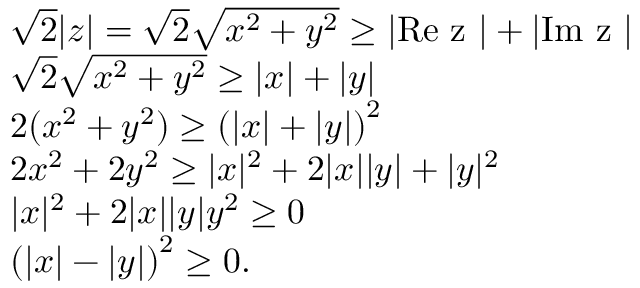
\begin{array} { r l } & { \sqrt { 2 } \lvert z \rvert = \sqrt { 2 } \sqrt { x ^ { 2 } + y ^ { 2 } } \geq \lvert \mathrm { R e ~ z ~ } \rvert + \lvert \mathrm { I m ~ z ~ } \rvert } \\ & { \sqrt { 2 } \sqrt { x ^ { 2 } + y ^ { 2 } } \geq \lvert x \rvert + \lvert y \rvert } \\ & { 2 ( x ^ { 2 } + y ^ { 2 } ) \geq \left( \lvert x \rvert + \lvert y \rvert \right) ^ { 2 } } \\ & { 2 x ^ { 2 } + 2 y ^ { 2 } \geq \lvert x \rvert ^ { 2 } + 2 \lvert x \rvert \lvert y \rvert + \lvert y \rvert ^ { 2 } } \\ & { \lvert x \rvert ^ { 2 } + 2 \lvert x \rvert \lvert y \rvert y ^ { 2 } \geq 0 } \\ & { \left( \lvert x \rvert - \lvert y \rvert \right) ^ { 2 } \geq 0 . } \end{array}